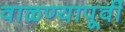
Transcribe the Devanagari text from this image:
वाळण्यापूर्वी